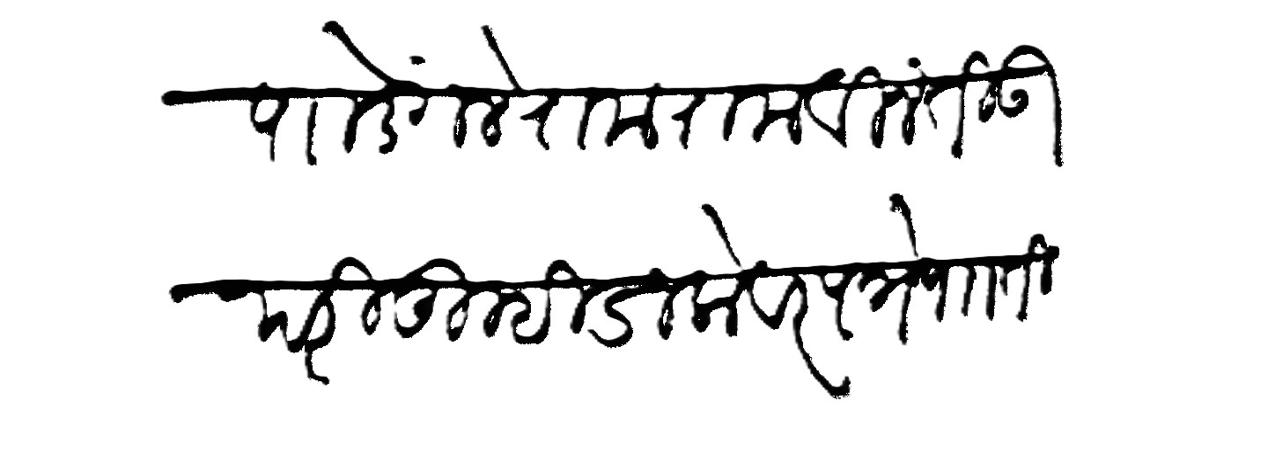
Transliteration (Devanagari): पाा डेंगले रामराम विनंती उपरि तुम्ही डाकेवर पत्रे पाा ती